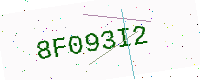
Text: 8F093I2